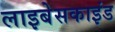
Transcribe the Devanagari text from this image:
लाइबेसकाइंड